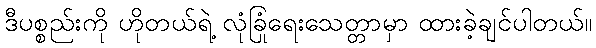
ဒီပစ္စည်းကို ဟိုတယ်ရဲ့ လုံခြုံရေးသေတ္တာမှာ ထားခဲ့ချင်ပါတယ်။